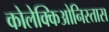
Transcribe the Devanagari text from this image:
कोलेक्किओनिस्तास